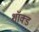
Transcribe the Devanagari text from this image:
शॉक्ड